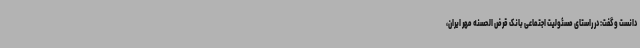
دانست و گفت: در راستای مسئولیت اجتماعی بانک قرض الحسنه مهر ایران،